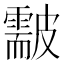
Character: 𥀫